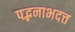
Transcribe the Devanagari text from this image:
पद्भनाभदत्त